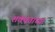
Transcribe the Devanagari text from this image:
शक्यतांच्या